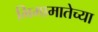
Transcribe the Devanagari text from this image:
भिमामातेच्या